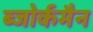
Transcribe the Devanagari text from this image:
ब्जोर्कमैन